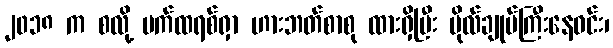
၂၀၁၈ က စလို့ ပက်ထရစ်ရှာ ဟားဘတ်စာစု ထားရှိပြီး ဗိုလ်ချုပ်ကြီးနေဝင်း၊